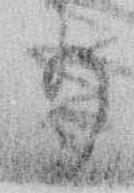
り